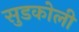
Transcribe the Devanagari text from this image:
सुडकोली